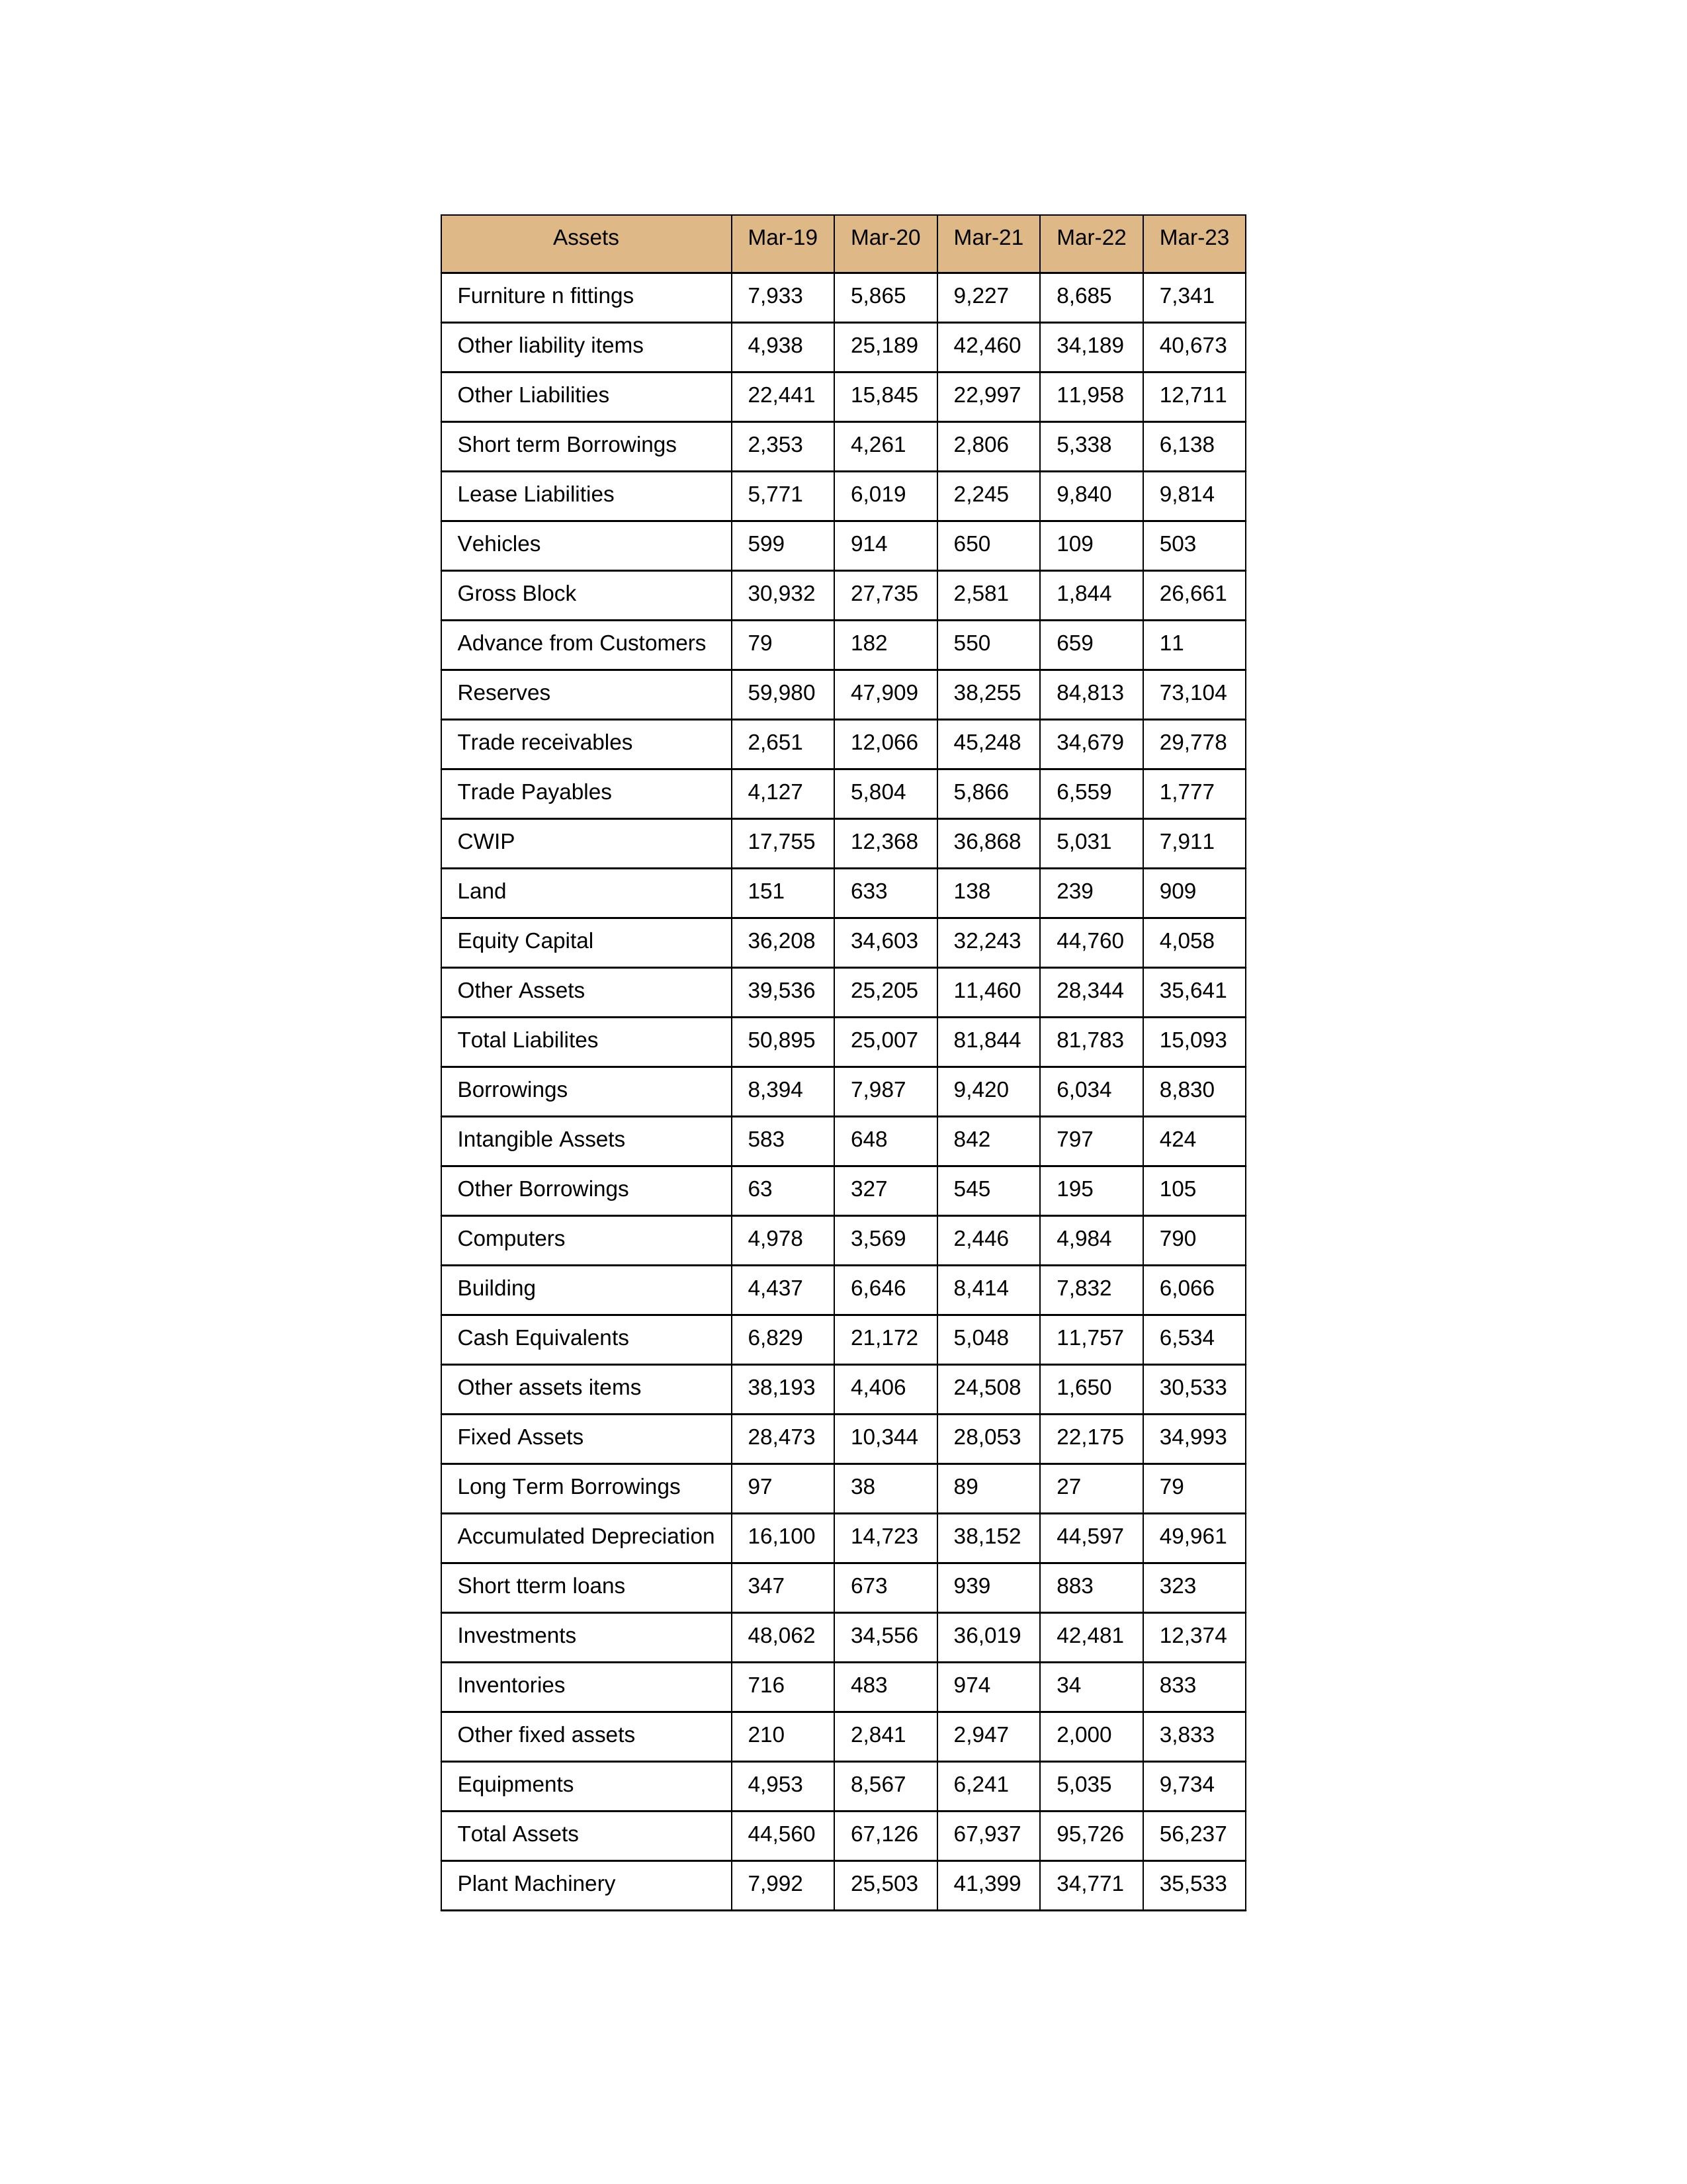
gt_parse: Mar-19: Equity Capital: 36,208
Reserves: 59,980
Borrowings: 8,394
Long Term Borrowings: 97
Short term Borrowings: 2,353
Lease Liabilities: 5,771
Other Borrowings: 63
Other Liabilities: 22,441
Trade Payables: 4,127
Advance from Customers: 79
Other liability items: 4,938
Total Liabilites: 50,895
Fixed Assets: 28,473
Land: 151
Building: 4,437
Plant Machinery: 7,992
Equipments: 4,953
Computers: 4,978
Furniture n fittings: 7,933
Vehicles: 599
Intangible Assets: 583
Other fixed assets: 210
Gross Block: 30,932
Accumulated Depreciation: 16,100
CWIP: 17,755
Investments: 48,062
Other Assets: 39,536
Inventories: 716
Trade receivables: 2,651
Cash Equivalents: 6,829
Short tterm loans: 347
Other assets items: 38,193
Total Assets: 44,560
Mar-20: Equity Capital: 34,603
Reserves: 47,909
Borrowings: 7,987
Long Term Borrowings: 38
Short term Borrowings: 4,261
Lease Liabilities: 6,019
Other Borrowings: 327
Other Liabilities: 15,845
Trade Payables: 5,804
Advance from Customers: 182
Other liability items: 25,189
Total Liabilites: 25,007
Fixed Assets: 10,344
Land: 633
Building: 6,646
Plant Machinery: 25,503
Equipments: 8,567
Computers: 3,569
Furniture n fittings: 5,865
Vehicles: 914
Intangible Assets: 648
Other fixed assets: 2,841
Gross Block: 27,735
Accumulated Depreciation: 14,723
CWIP: 12,368
Investments: 34,556
Other Assets: 25,205
Inventories: 483
Trade receivables: 12,066
Cash Equivalents: 21,172
Short tterm loans: 673
Other assets items: 4,406
Total Assets: 67,126
Mar-21: Equity Capital: 32,243
Reserves: 38,255
Borrowings: 9,420
Long Term Borrowings: 89
Short term Borrowings: 2,806
Lease Liabilities: 2,245
Other Borrowings: 545
Other Liabilities: 22,997
Trade Payables: 5,866
Advance from Customers: 550
Other liability items: 42,460
Total Liabilites: 81,844
Fixed Assets: 28,053
Land: 138
Building: 8,414
Plant Machinery: 41,399
Equipments: 6,241
Computers: 2,446
Furniture n fittings: 9,227
Vehicles: 650
Intangible Assets: 842
Other fixed assets: 2,947
Gross Block: 2,581
Accumulated Depreciation: 38,152
CWIP: 36,868
Investments: 36,019
Other Assets: 11,460
Inventories: 974
Trade receivables: 45,248
Cash Equivalents: 5,048
Short tterm loans: 939
Other assets items: 24,508
Total Assets: 67,937
Mar-22: Equity Capital: 44,760
Reserves: 84,813
Borrowings: 6,034
Long Term Borrowings: 27
Short term Borrowings: 5,338
Lease Liabilities: 9,840
Other Borrowings: 195
Other Liabilities: 11,958
Trade Payables: 6,559
Advance from Customers: 659
Other liability items: 34,189
Total Liabilites: 81,783
Fixed Assets: 22,175
Land: 239
Building: 7,832
Plant Machinery: 34,771
Equipments: 5,035
Computers: 4,984
Furniture n fittings: 8,685
Vehicles: 109
Intangible Assets: 797
Other fixed assets: 2,000
Gross Block: 1,844
Accumulated Depreciation: 44,597
CWIP: 5,031
Investments: 42,481
Other Assets: 28,344
Inventories: 34
Trade receivables: 34,679
Cash Equivalents: 11,757
Short tterm loans: 883
Other assets items: 1,650
Total Assets: 95,726
Mar-23: Equity Capital: 4,058
Reserves: 73,104
Borrowings: 8,830
Long Term Borrowings: 79
Short term Borrowings: 6,138
Lease Liabilities: 9,814
Other Borrowings: 105
Other Liabilities: 12,711
Trade Payables: 1,777
Advance from Customers: 11
Other liability items: 40,673
Total Liabilites: 15,093
Fixed Assets: 34,993
Land: 909
Building: 6,066
Plant Machinery: 35,533
Equipments: 9,734
Computers: 790
Furniture n fittings: 7,341
Vehicles: 503
Intangible Assets: 424
Other fixed assets: 3,833
Gross Block: 26,661
Accumulated Depreciation: 49,961
CWIP: 7,911
Investments: 12,374
Other Assets: 35,641
Inventories: 833
Trade receivables: 29,778
Cash Equivalents: 6,534
Short tterm loans: 323
Other assets items: 30,533
Total Assets: 56,237